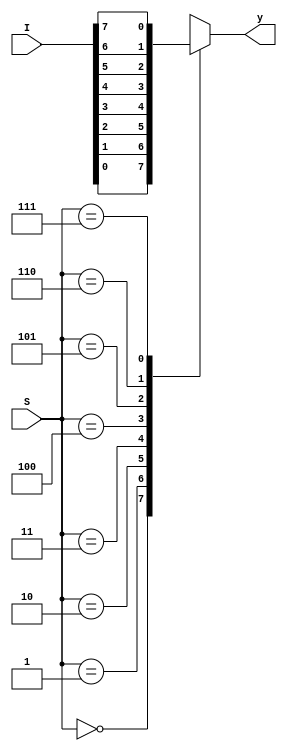
module mux8x1(I,S,y);
	input[7:0] I;
	input [2:0] S;
	output reg y;
	
	always@(I,S) begin
		case(S)
			0:	y=I[0];
			1:	y=I[1];
			2:	y=I[2];
			3: 	y=I[3];
			4:	y=I[4];
			5:	y=I[5];
			6:	y=I[6];
			7:	y=I[7];
		endcase
	end
endmodule